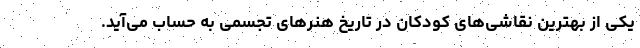
یکی از بهترین نقاشی‌های کودکان در تاریخ هنر‌های تجسمی به حساب می‌آید.